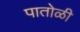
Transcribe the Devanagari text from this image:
पातोळी